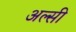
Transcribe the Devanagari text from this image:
अल्‍सी